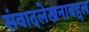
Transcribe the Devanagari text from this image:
संवादलेखनाबद्दल